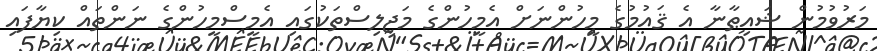
މަރުވުމުން ޝައިޠާނާ އެ ޤައުމުގެ މީހުންނަށް އެމީހުންގެ މަޖިލިސްތަކުގައި އެމީސްމީހުންގެ ނަންތައް ކިޔާފައި